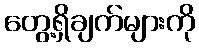
တွေ့ရှိချက်များကို